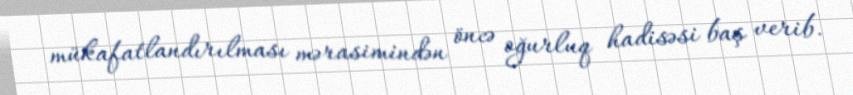
mükafatlandırılması mərasimindən öncə oğurluq hadisəsi baş verib.